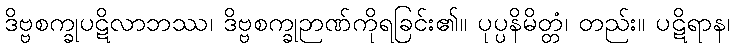
ဒိဗ္ဗစက္ခုပဋိလာဘဿ၊ ဒိဗ္ဗစက္ခုဉာဏ်ကိုရခြင်း၏။ ပုပ္ပနိမိတ္တံ၊ တည်း။ ပဋိရာန၊